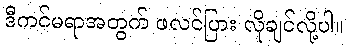
ဒီကင်မရာအတွက် ဖလင်ပြား လိုချင်လို့ပါ။